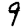
Digit: 9